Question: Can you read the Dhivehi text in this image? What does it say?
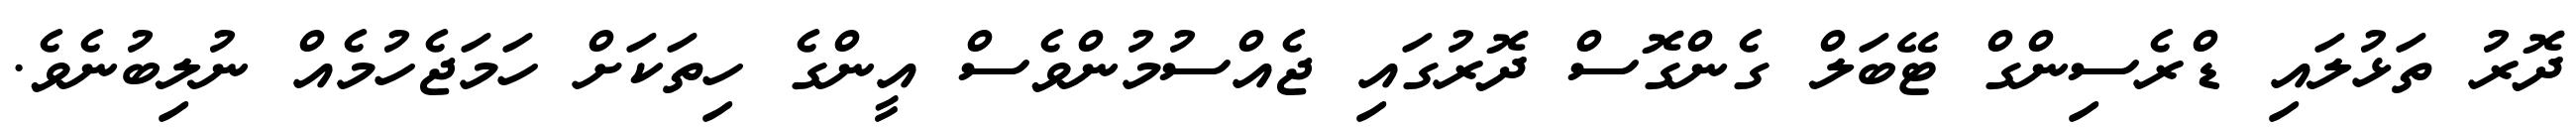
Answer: ދޮރު ތަޅުލައި ޑްރެސިންގް ޓޭބަލް ގެންގޮސް ދޮރުގައި ޖެއްސުމުންވެސް އީންގެ ހިތަކަށް ހަމަޖެހުމެއް ނުލިބުނެވެ.